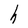
Character: h